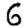
Digit: 6